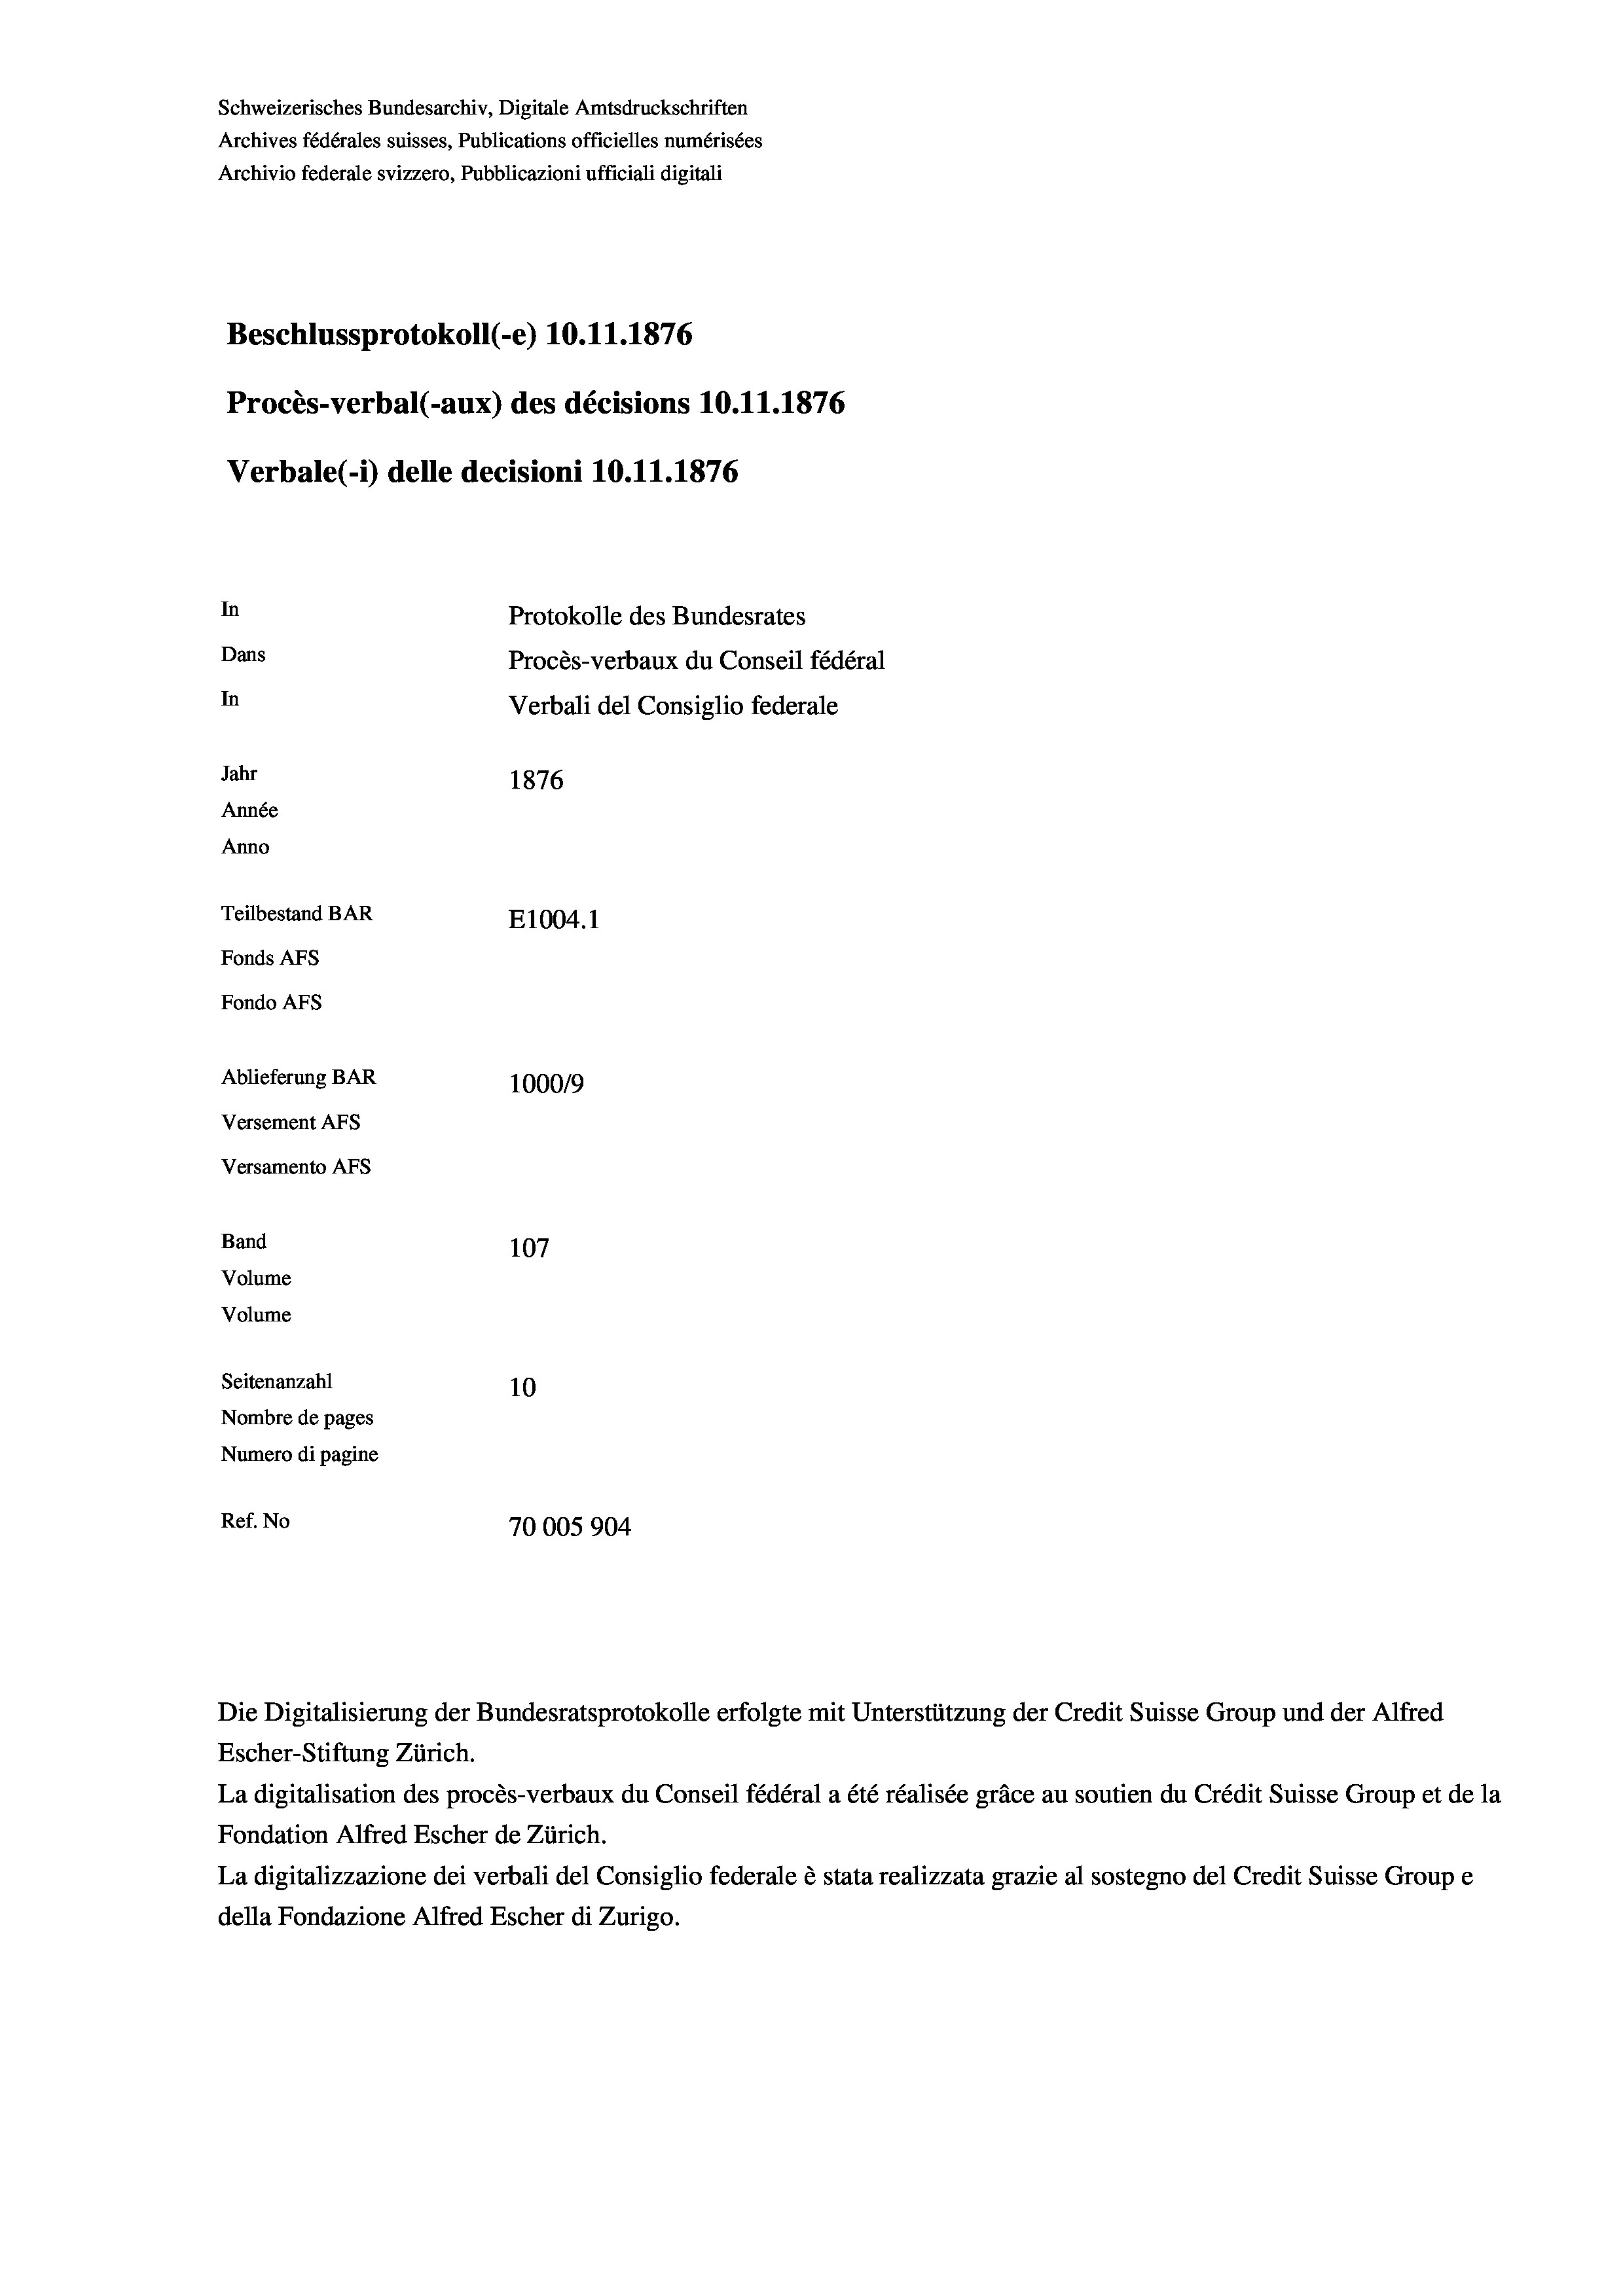
Schweizerisches Bundesarchiv, Digitale Amtsdruckschriften
Archives fédérales suisses, Publications officielles numérisées
Archivio federale svizzero, Pubblicazioni ufficiali digitali
Beschlussprotokoll (-e) 10.11.1876
Procès-verbal (-aux) des décisions 10.11.1876
Verbale(1) delle decisioni 10.11.1876
In
Protokolle des Bundesrates
Dans
Procès-verbaux du Conseil fédéral
In
Verbali del Consiglio federale
Jahr
1876
Année
Anno
Teilbestand BAR
E1004.1
Fonds AFs
Fondo AFs
Ablieferung BAR
100019
Versement AFS
Versamento AFs
Band
107
Volume
Volume
Seitenanzahl
10
Nombre de pages
Numero di pagine
Ref. No
70005904

Escher-Stiftung Zürich.
La digitalisation des procès-verbaux du Conseil fédéral a été réalisée gräce au soutien du Crédit Suisse Group et de la
Fondation Alfred Escher de Zürich.
La digitalizzazione dei verbali del Consiglio federale è stata realizzata grazie al sostegno del Credit Suisse Groupe
della Fondazione Alfred Escher di Zurigo.

Die Digitalisierung der Bundesratsprotokolle erfolgte mit Unterstützung der Credit Suisse Group und der Alfred